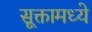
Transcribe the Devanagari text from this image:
सूक्तामध्ये